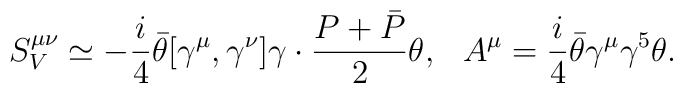
S_{V}^{\mu \nu }\simeq-\frac{i}{4}\bar{\theta }[\gamma ^{\mu },\gamma^{\nu }]\gamma \cdot \frac{P+\bar{P}}{2}\theta,\hspace{3mm}A^\mu =\frac{i}{4}\bar{\theta }\gamma ^\mu \gamma ^5\theta.